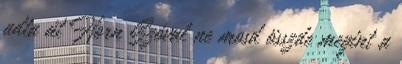
adta át Horn Szóval ne mosd összde megint a